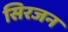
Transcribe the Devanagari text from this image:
सिरजन